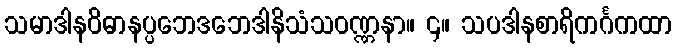
သမာဒါနဝိဓာနပ္ပဘေဒဘေဒါနိသံသဝဏ္ဏနာ။ ၄။ သပဒါနစာရိကင်္ဂကထာ